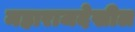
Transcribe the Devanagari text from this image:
महाराजदेखील